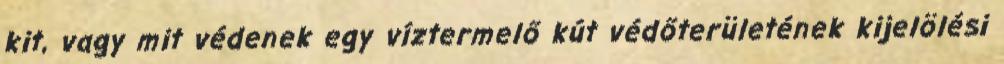
kit, vagy mit védenek egy víztermelő kút védőterületének kijelölési